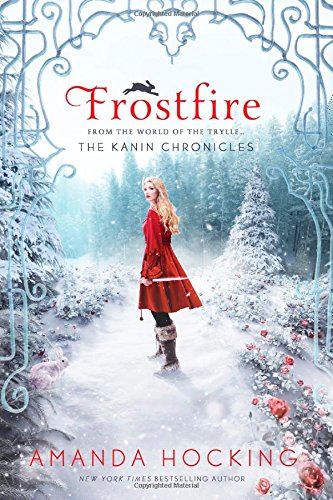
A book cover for Frostfire (The Kanin Chronicles); Amanda Hocking; Teen & Young Adult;